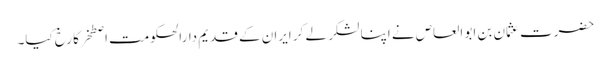
حضرت عثمان بن ابو العاص نے اپنا لشکر لے کر ایران کے قدیم دارالحکومت اصطخر کا رخ کیا۔